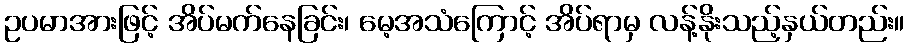
ဥပမာအားဖြင့် အိပ်မက်နေခြင်း၊ မေ့အသံကြောင့် အိပ်ရာမှ လန့်နိုးသည့်နှယ်တည်း။